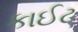
કાઈટ